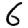
Digit: 6